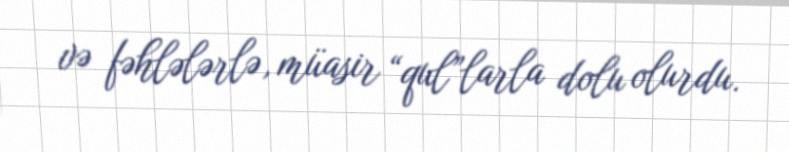
və fəhlələrlə, müasir “qul”larla dolu olurdu.